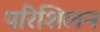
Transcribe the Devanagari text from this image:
परिशिलन